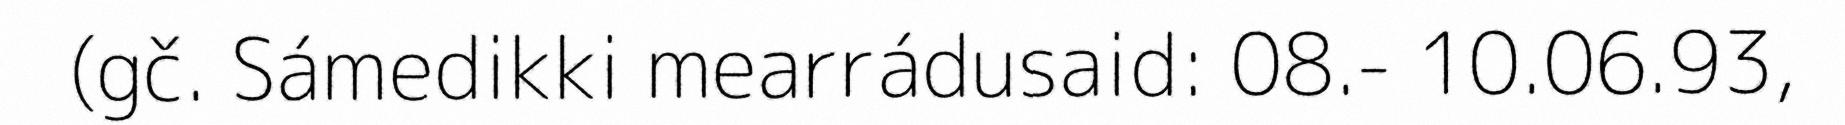
(gč. Sámedikki mearrádusaid: 08.- 10.06.93,